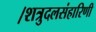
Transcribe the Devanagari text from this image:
।शत्रुदलसंहारिणी